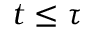
t \le \tau